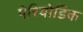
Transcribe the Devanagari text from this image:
पेरियोडिक